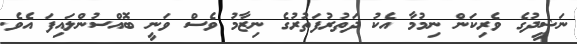
ނަޝީދުގެ ވެރިކަން ނިމުމާ އެކު ދަތުރުފަތުރުގެ ނިޒާމު ވެސް ވަނީ ބޮއްސުންލައިފަ އެވެ.